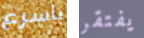
باسرع يفتقر